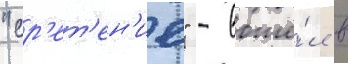
"ср'ет'ен'ие" - вошё́л в